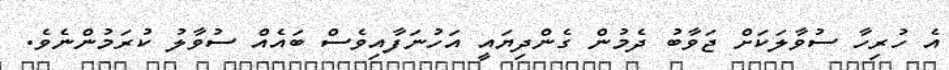
އެ ހުރިހާ ސުވާލަކަށް ޖަވާބު ދެމުން ގެންދިޔައީ އަހުނަފާއިވެސް ބައެއް ސުވާލު ކުރަމުންނެވެ.